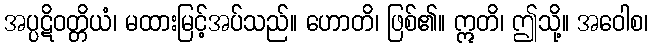
အပ္ပဋိဝတ္တိယံ၊ မထားမြင့်အပ်သည်။ ဟောတိ၊ ဖြစ်၏။ ဣတိ၊ ဤသို့။ အဝေါစ၊